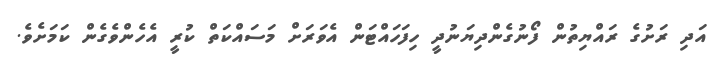
އަދި ރަށުގެ ރައްޔިތުން ފޯނުގެންދިޔަނުދީ ހިފަހައްޓަން އެވަރަށް މަސައްކަތް ކުރީ އެހެންވެގެން ކަމަށެވެ.